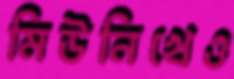
মিউনিখেও